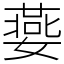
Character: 嬊